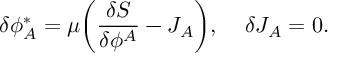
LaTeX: \delta \phi _ { A } ^ { * } = \mu \bigg ( \frac { \delta S } { \delta \phi ^ { A } } - J _ { A } \bigg ) , \; \; \; \; \delta J _ { A } = 0 .